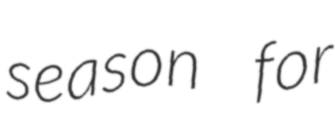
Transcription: season for